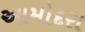
આમોદરા